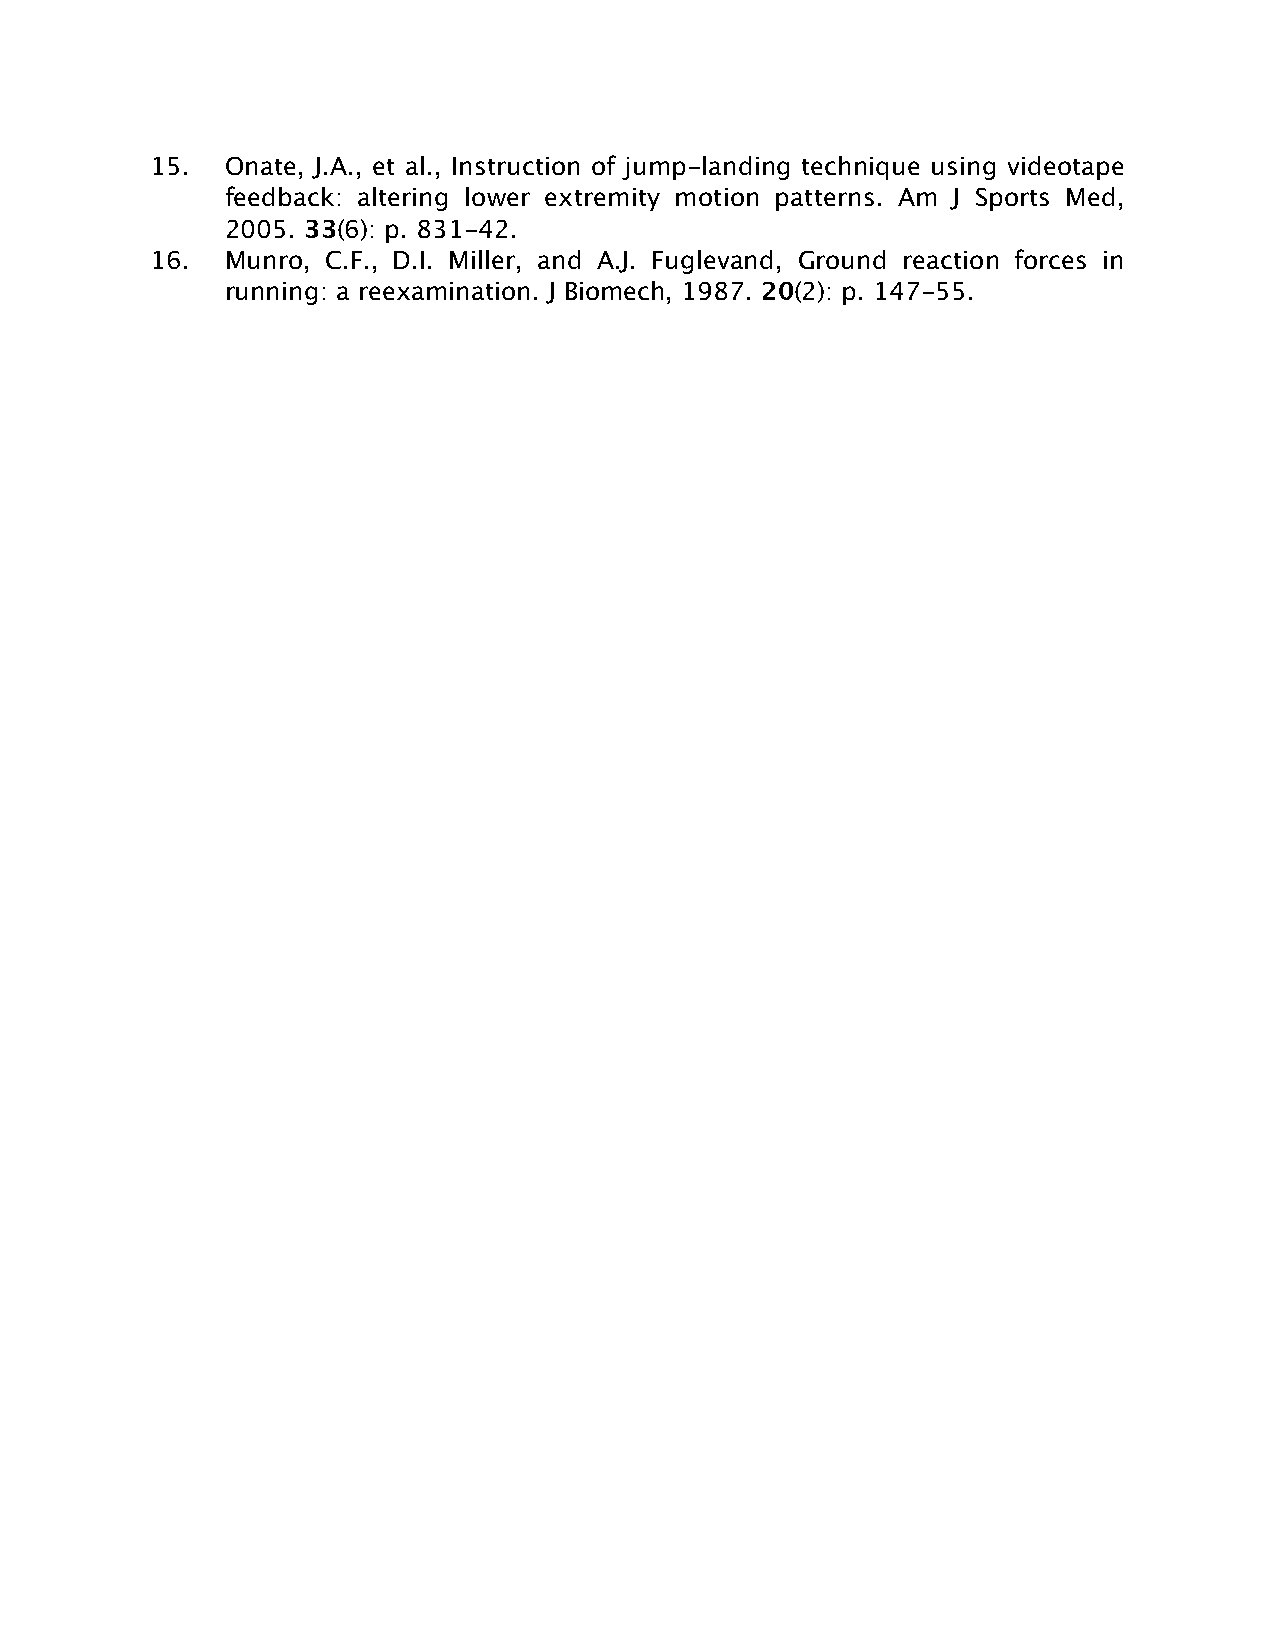
15.  Onate, J.A., et al., Instruction of jump-landing technique using videotape
 feedback: altering lower extremity motion patterns. Am J Sports Med,
 2005. 33(6): p. 831-42.
 16.  Munro, C.F., D.I. Miller, and A.J. Fuglevand, Ground reaction forces in
 running: a reexamination. J Biomech, 1987. 20(2): p. 147-55.